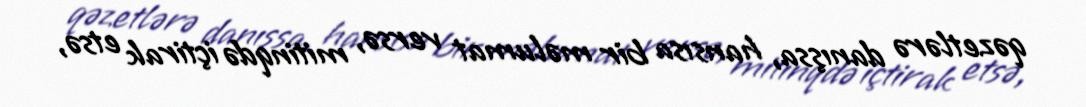
qəzetlərə danışsa, hansısa bir məlumat versə, mitinqdə içtirak etsə,